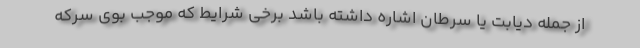
از جمله دیابت یا سرطان اشاره داشته باشد برخی شرایط که موجب بوی سرکه